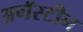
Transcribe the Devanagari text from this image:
अगॅस्टीन